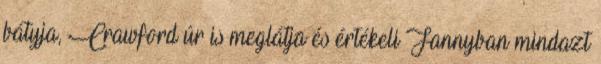
bátyja, Crawford úr is meglátja és értékeli Fannyban mindazt